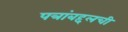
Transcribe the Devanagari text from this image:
पत्रांबद्दलची